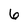
Character: 6